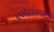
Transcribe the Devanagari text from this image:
एरोट्रांसपोर्ट